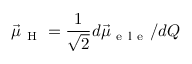
\vec { \mu } _ { \mathrm { ~ H ~ } } = \frac { 1 } { \sqrt { 2 } } d \vec { \mu } _ { \mathrm { ~ e ~ l ~ e ~ } } / d Q